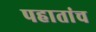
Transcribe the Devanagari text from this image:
पहातांच